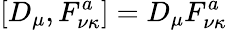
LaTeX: [D_{\mu},F_{\nu\kappa}^{a}]=D_{\mu}F_{\nu\kappa}^{a}